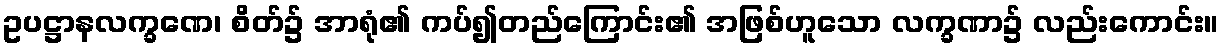
ဥပဋ္ဌာနလက္ခဏေ၊ စိတ်၌ အာရုံ၏ ကပ်၍တည်ကြောင်း၏ အဖြစ်ဟူသော လက္ခဏာ၌ လည်းကောင်း။